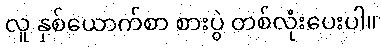
လူ နှစ်ယောက်စာ စားပွဲ တစ်လုံးပေးပါ။